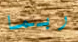
ربما